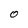
Character: O